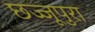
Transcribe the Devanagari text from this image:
छज्जूपुरा